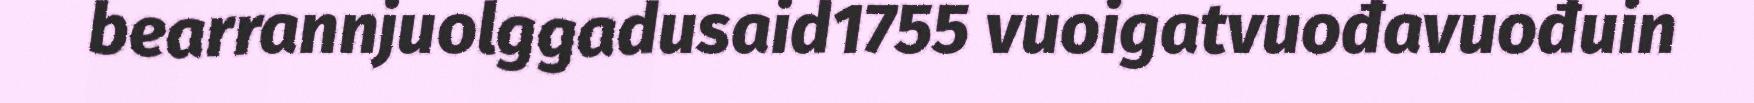
bearrannjuolggadusaid1755 vuoigatvuođavuođuin